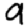
Digit: 9